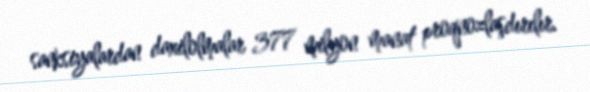
sanksiyalardan daxilolmalar 377 milyon manat proqnozlaşdırılır.